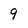
Character: 9